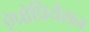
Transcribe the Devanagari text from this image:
ऐप्रोप्रियेशन